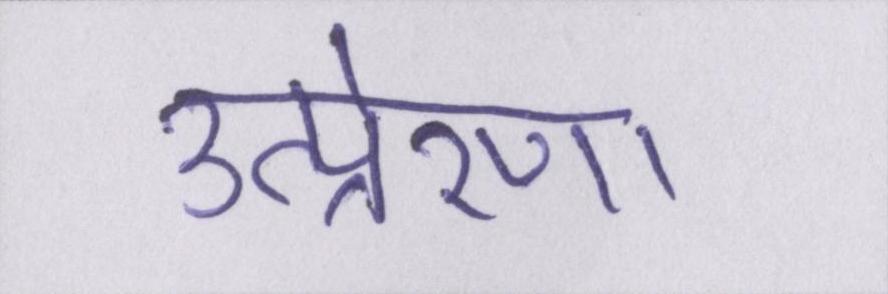
उत्प्रेरणा